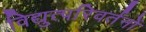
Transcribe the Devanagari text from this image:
विद्युत्परिवर्तनों